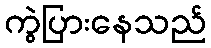
ကွဲပြားနေသည်